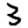
Digit: 3